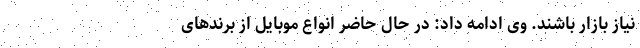
نیاز بازار باشند. وی ادامه داد: در حال حاضر انواع موبایل از برندهای